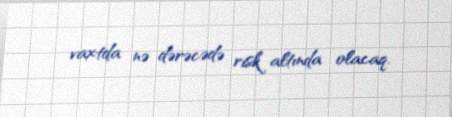
vaxtda nə dərəcədə risk altında olacaq.